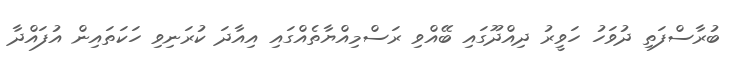
ބުރާސްފަތި ދުވަހު ހަވީރު ދިއްދޫގައި ބޭއްވި ރަސްމިއްޔާތެއްގައި އިއާދަ ކުރަނިވި ހަކަތައިން އުފައްދާ